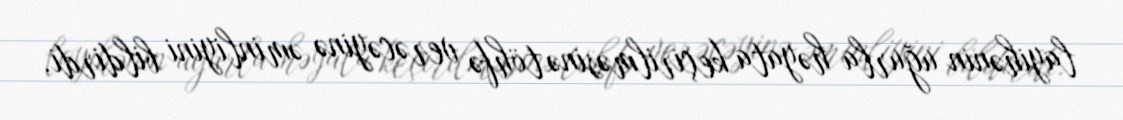
layihənin uğurla həyata keçirilməsinə töhfə verəcəyinə əminliyini bildirdi.